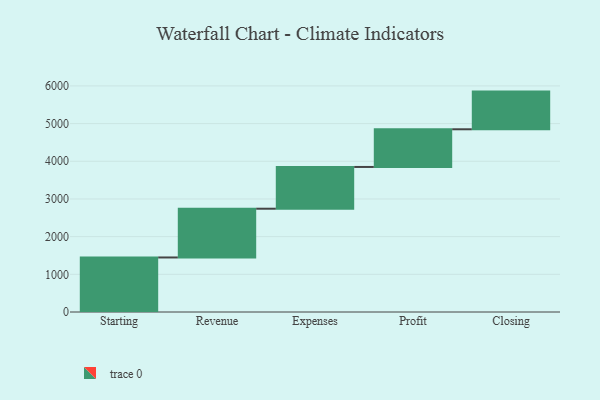
{"axis": {"x": "Step", "y": "Value"}, "legend": [""], "data": [{"x": "Starting", "y": 1447.0, "type": ""}, {"x": "Revenue", "y": 1294.0, "type": ""}, {"x": "Expenses", "y": 1108.0, "type": ""}, {"x": "Profit", "y": 1000, "type": ""}, {"x": "Closing", "y": 1000, "type": ""}]}